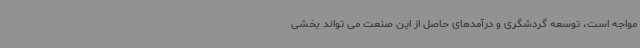
مواجه است، توسعه گردشگری و درآمدهای حاصل از این صنعت می تواند بخشی